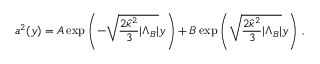
a ^ { 2 } ( y ) = A \exp \left( { - \sqrt { \frac { 2 \hat { \kappa } ^ { 2 } } { 3 } | \Lambda _ { B } | } y } \right) + B \exp \left( { \sqrt { \frac { 2 \hat { \kappa } ^ { 2 } } { 3 } | \Lambda _ { B } | } y } \right) \, ,